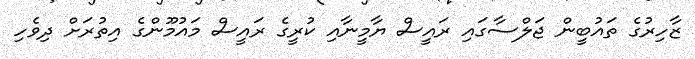
ޒާހިރުގެ ތައުބީން ޖަލްސާގައި ރައީސް ޔާމީނާއި ކުރީގެ ރައީސް މައުމޫންގެ އިތުރަށް ދިވެހި